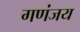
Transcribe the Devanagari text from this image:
गणंजय